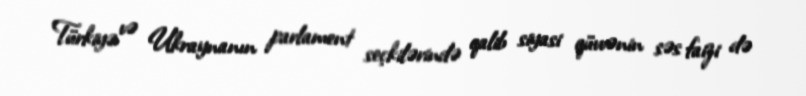
Türkiyə və Ukraynanın parlament seçkilərində qalib siyasi qüvvənin səs faizi də